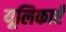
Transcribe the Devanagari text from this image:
यूलिकाएँ